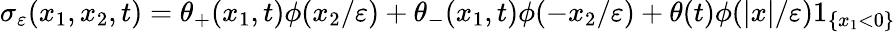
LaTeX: \sigma_{\varepsilon}(x_{1},x_{2},t)=\theta_{+}(x_{1},t)\phi(x_{2}/\varepsilon)+\theta_{-}(x_{1},t)\phi(-x_{2}/\varepsilon)+\theta(t)\phi(|x|/\varepsilon)1_{\{ x_{1}<0\} }